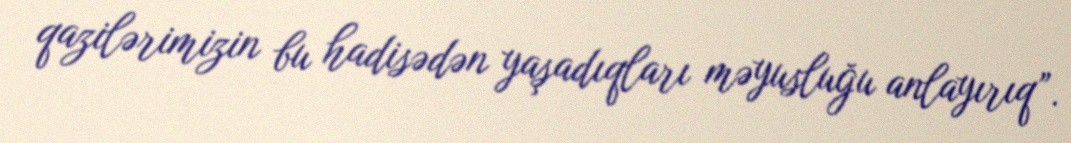
qazilərimizin bu hadisədən yaşadıqları məyusluğu anlayırıq”.